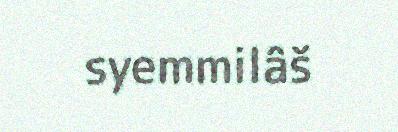
syemmilâš